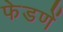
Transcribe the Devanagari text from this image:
फेडणें